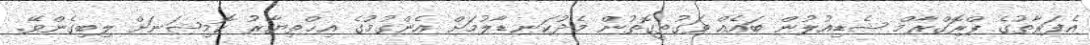
އެފަރާތުގެ ޕްރޮގްރާމް ޝެޑިއުލުން ބައެއް ވަގުތީގޮތުން މެދުކަނޑާލުމަށް އެންގުމުގެ އިޚްތިޔާރު ކޮމިޝަނަށް ލިބިގެންވޭ.